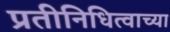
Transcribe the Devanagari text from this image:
प्रतीनिधित्वाच्या